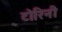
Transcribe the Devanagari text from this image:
टोरिनी